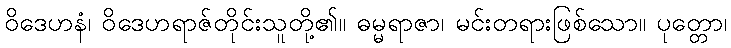
ဝိဒေဟနံ၊ ဝိဒေဟရာဇ်တိုင်းသူတို့၏။ ဓမ္မရာဇာ၊ မင်းတရားဖြစ်သော။ ပုတ္တော၊